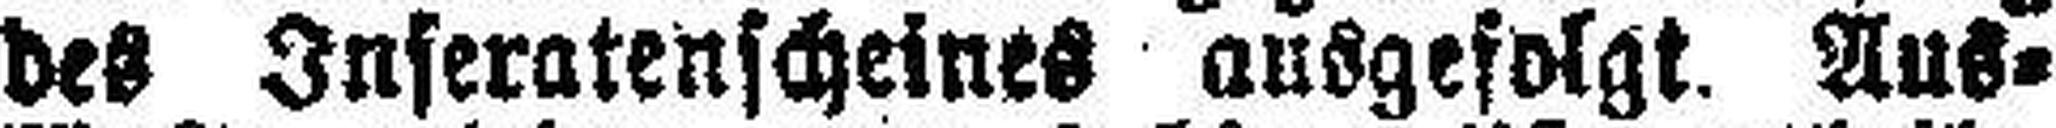
des Inseratenscheines ausgefolgt. Aus¬